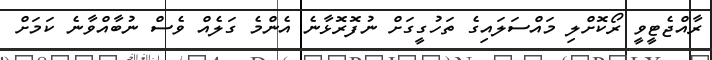
ރާއްޖެޓީވީ ރޯކޮށްލި މައްސަލައިގެ ތަހުގީގަށް ނުފޮރޮޅާނެ އެންމެ ގަލެއް ވެސް ނުބާއްވާނެ ކަމަށް